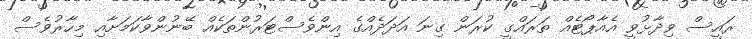
ރައީސް ވިދާޅުވީ އެއާޕޯޓެއް ތަރައްގީ ކުރަން ގިނަ އަދަދެއްގެ އިންވެސްޓަރުންތަކެއް ބޭނުންވާކަމަށާއި މިހާރުވެސް